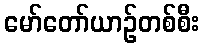
မော်တော်ယာဉ်တစ်စီး